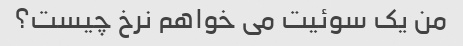
من یک سوئیت می خواهم نرخ چیست؟